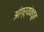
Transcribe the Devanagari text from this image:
आंग्र्‌यांकडून